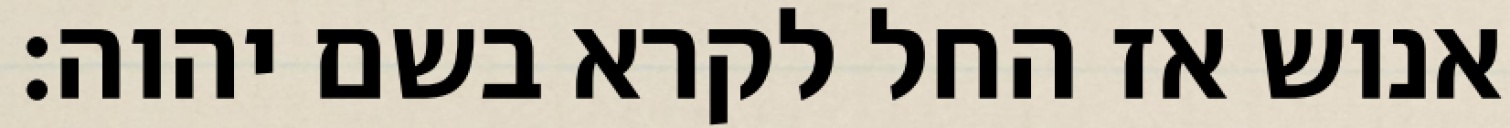
אנוש אז החל לקרא בשם יהוה׃